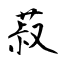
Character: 菽